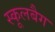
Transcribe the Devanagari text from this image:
स्कूलबैग